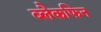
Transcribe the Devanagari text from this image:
ब्लैकफिन